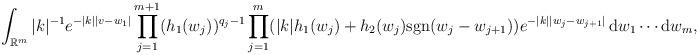
LaTeX: \begin{align*}\int_{\mathbb{R}^m}|k|^{-1}e^{-|k||v-w_1|}\prod_{j=1}^{m+1}(h_1(w_j))^{q_j-1}\prod_{j=1}^m(|k|h_1(w_j)+h_2(w_j)\mathrm{sgn}(w_j-w_{j+1}))e^{-|k||w_j-w_{j+1}|}\,\mathrm{d}w_1\cdots\mathrm{d}w_m,\end{align*}